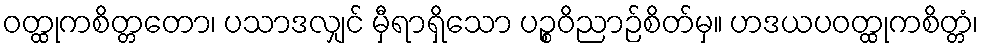
ဝတ္ထုကစိတ္တတော၊ ပသာဒလျှင် မှီရာရှိသော ပဉ္စဝိညာဉ်စိတ်မှ။ ဟဒယပဝတ္ထုကစိတ္တံ၊